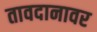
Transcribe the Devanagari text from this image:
तावदानावर